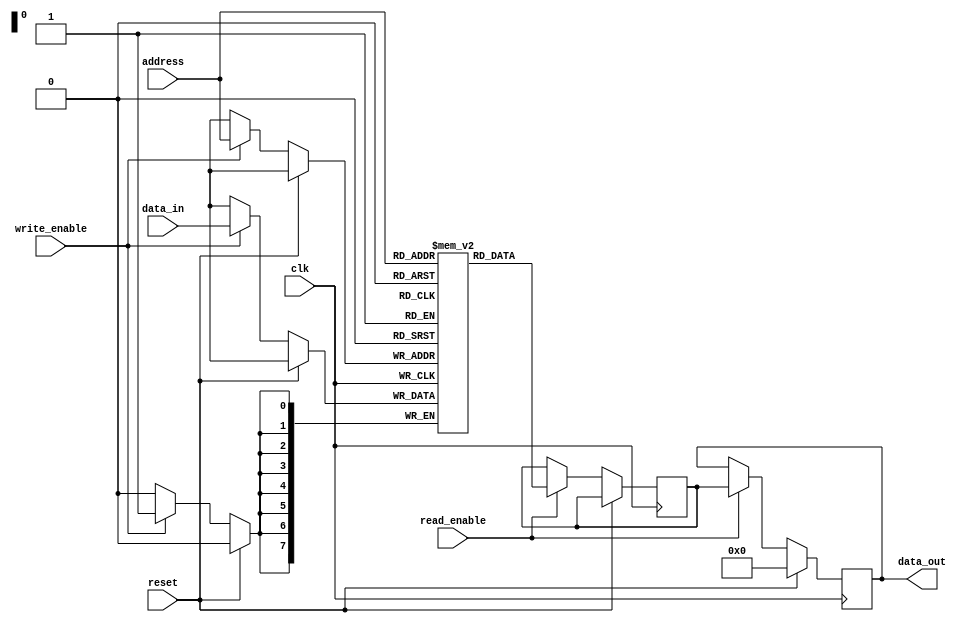
module Memory_Block_PCM(
    input clk,
    input reset,
    input read_enable,
    input write_enable,
    input [7:0] address,
    input [7:0] data_in,
    output reg [7:0] data_out
);

reg [7:0] memory [0:255]; // Memory block with 256 cells
reg [7:0] read_data;

always @(posedge clk) begin
    if(reset) begin
        data_out <= 8'b0;
    end else begin
        if(read_enable) begin
            read_data <= memory[address];
            data_out <= read_data;
        end
        if(write_enable) begin
            memory[address] <= data_in;
        end
    end
end

endmodule